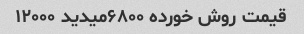
قیمت روش خورده ۶۸۰۰میدید ۱۲۰۰۰